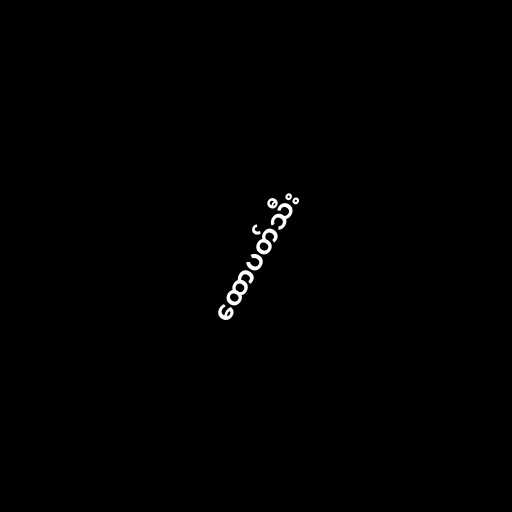
ထောပတ်သီး